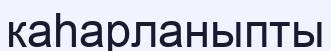
каһарланыпты